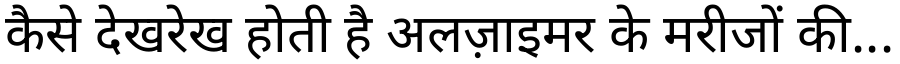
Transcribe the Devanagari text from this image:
कैसे देखरेख होती है अलज़ाइमर के मरीजों की...